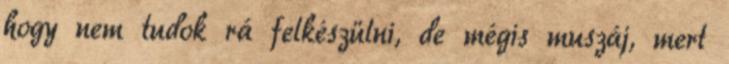
hogy nem tudok rá felkészülni, de mégis muszáj, mert